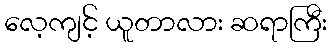
လေ့ကျင့် ယူတာလား ဆရာကြီး